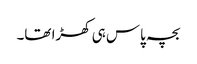
بچہ پاس ہی کھڑا تھا۔